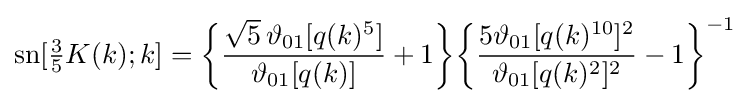
\operatorname {sn} [{\tfrac {3}{5}}K(k);k]={\biggl \{}{\frac {{\sqrt {5}}\,\vartheta _{01}[q(k)^{5}]}{\vartheta _{01}[q(k)]}}+1{\biggr \}}{\biggl \{}{\frac {5\vartheta _{01}[q(k)^{10}]^{2}}{\vartheta _{01}[q(k)^{2}]^{2}}}-1{\biggr \}}^{-1}